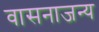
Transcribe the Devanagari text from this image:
वासनाजन्य